system: You are a helpful assistant.
user:
Analyze the provided spectrum to determine if it is a **"Cataclysmic Variables (CV)"**.

- **Key Indicators for CV (Check for either state):**
    - **State 1: Quiescent / Low-State (Emission-Dominated)**
        - **(Primary):** Strong and *very broad* Hydrogen Balmer emission lines (e.g., $H\alpha$ at 6563 Å, $H\beta$ at 4861 Å). The 'broadness' (high velocity dispersion, often FWHM > 1000 km/s) is the key diagnostic, indicating a high-velocity accretion disk.
        - **(Secondary):** Broad neutral Helium (He I) emission lines (e.g., 5876 Å, 6678 Å).
        - **(Key Confirmation):** Presence of high-excitation *ionized* Helium (He II) emission at 4686 Å. This is a strong indicator of accretion onto a white dwarf.
        - **(Line Profile):** Emission lines may exhibit a 'double-peaked' profile, which is a classic signature of a rotating accretion disk viewed at high inclination.

    - **State 2: Outburst / High-State (Absorption-Dominated)**
        - **(Primary):** Spectrum is dominated by a bright, blue continuum (looks like a hot star).
        - **(Secondary):** The emission lines from State 1 are weak, absent, or 'filled in', and are replaced by broad, shallow *absorption* lines (primarily Balmer and He I).
        - **(Morphology):** The overall spectrum mimics a hot B/A-type star. The crucial difference is that the absorption lines are significantly broader, shallower, and more 'washed-out' (or 'smeared') than the sharp lines of a normal stellar photosphere, due to high rotational speeds and pressure broadening in the disk.

Think first, call **spectral_visualization_tool** if needed to examine features in detail, then provide your final answer. Your response must adhere to the following strict rules:
1.  **Overall Structure:** Your response must follow the format `<think>...</think> <tool_call>...</tool_call> (if a tool is used) <answer>...</answer>`.
2.  **Tool Usage Constraint:** You may only make **one** tool call per turn.
3.  **Final Answer Format:** In the `<answer>` tag, your conclusion must be inside a `\boxed{}` command (e.g., `\boxed{YES}`), followed by your justification.

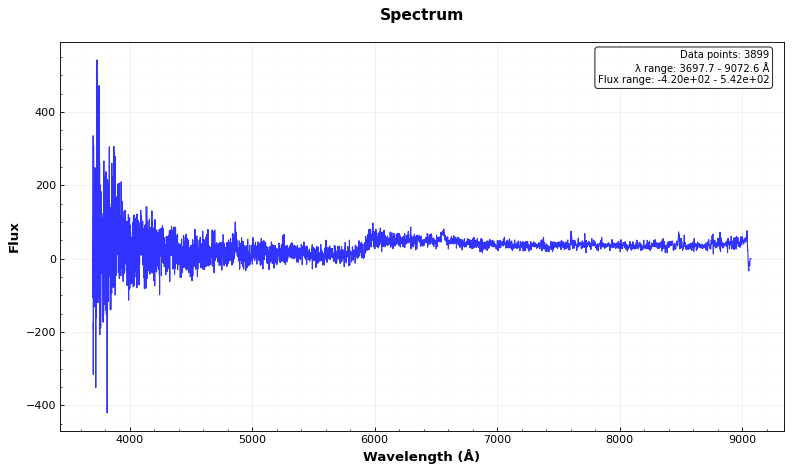
Answer: YES